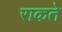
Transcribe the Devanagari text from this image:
राकते